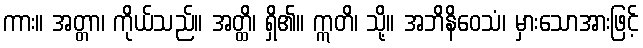
ကား။ အတ္တာ၊ ကိုယ်သည်။ အတ္ထိ၊ ရှိ၏။ ဣတိ၊ သို့။ အဘိနိဝေသံ၊ မှားသောအားဖြင့်